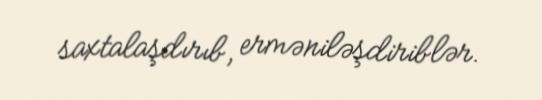
saxtalaşdırıb, erməniləşdiriblər.